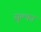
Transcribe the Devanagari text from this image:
सुल्फा